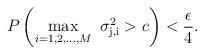
LaTeX: \begin{align*}P\left(\max_{i=1,2,\ldots,M} ~\sigma_{\rm j,i}^2 > c\right) < \frac{\epsilon}{4}.\end{align*}